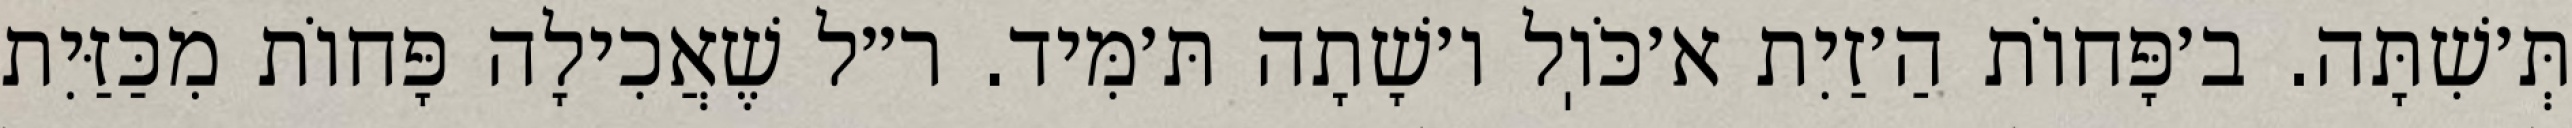
תְּ׳שִׁתָּה. ב׳פָּחוֹת הַ׳זַיִת א׳כֹּוֽל ו׳שָׁתָה תּ׳מִּיד. ר״ל שֶׁאֲכִילָה פָּחוֹת מִכַּזַּיִת